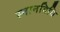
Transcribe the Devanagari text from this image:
स्नानविधि